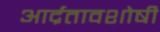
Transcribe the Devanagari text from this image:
आर्द्रतावशोषी